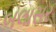
બલાસર